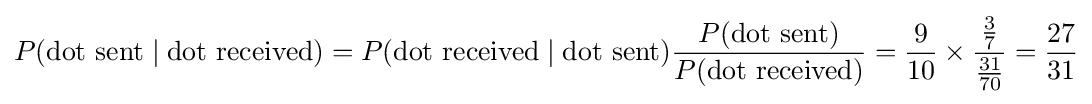
P({\text{dot sent}}\mid {\text{dot received}})=P({\text{dot received}}\mid {\text{dot sent}}){\frac {P({\text{dot sent}})}{P({\text{dot received}})}}={\frac {9}{10}}\times {\frac {\frac {3}{7}}{\frac {31}{70}}}={\frac {27}{31}}